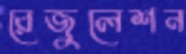
রেজুলেশন